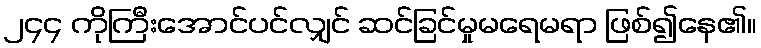
၂၄၄ ကိုကြီးအောင်ပင်လျှင် ဆင်ခြင်မှုမရေမရာ ဖြစ်၍နေ၏။